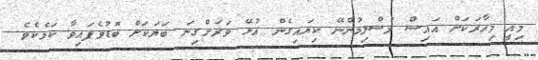
މިއީ މިހާރަކަށް އައިސް މުސްލިމުންނޭ ކިޔައިގެން އުޅޭ ވަރަށްގިނަ ބަޔަކަށް ބޮޑުވެފައިވާ ކަމެކެވެ.